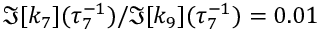
\Im [ k _ { 7 } ] ( \tau _ { 7 } ^ { - 1 } ) / \Im [ k _ { 9 } ] ( \tau _ { 7 } ^ { - 1 } ) = 0 . 0 1